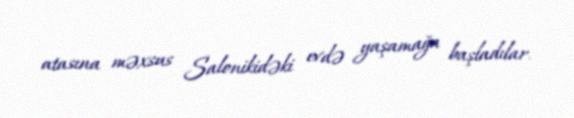
atasına məxsus Salonikidəki evdə yaşamağa başladılar.